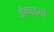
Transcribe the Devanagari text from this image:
ईकाइयो